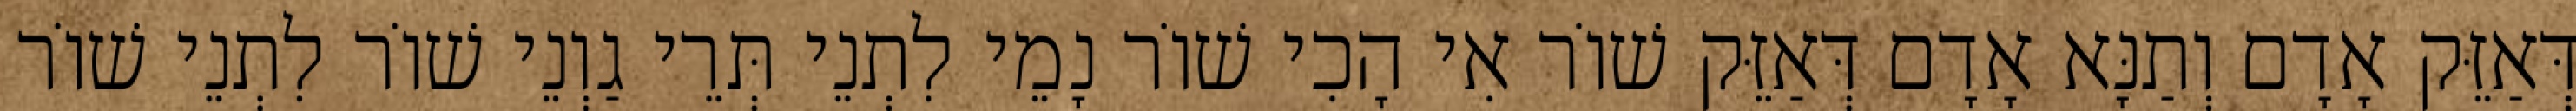
דְּאַזֵּק אָדָם וְתַנָּא אָדָם דְּאַזֵּק שׁוֹר אִי הָכִי שׁוֹר נָמֵי לִתְנֵי תְּרֵי גַוְנֵי שׁוֹר לִתְנֵי שׁוֹר